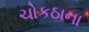
ચોકઠાના